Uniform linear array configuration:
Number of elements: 8
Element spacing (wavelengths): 1
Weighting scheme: cosine
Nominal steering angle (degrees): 0
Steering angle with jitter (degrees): -1.301
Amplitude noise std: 0.05
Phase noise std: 0.05

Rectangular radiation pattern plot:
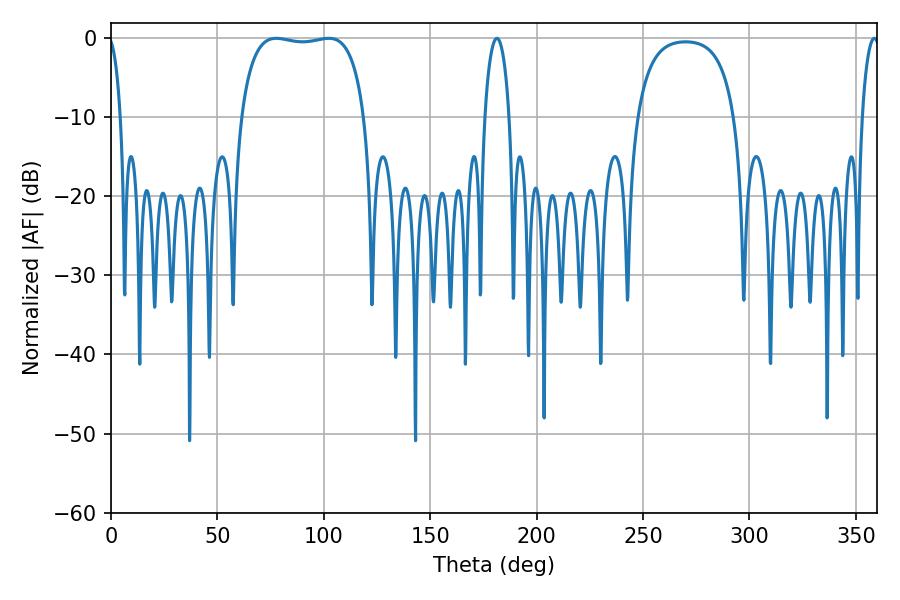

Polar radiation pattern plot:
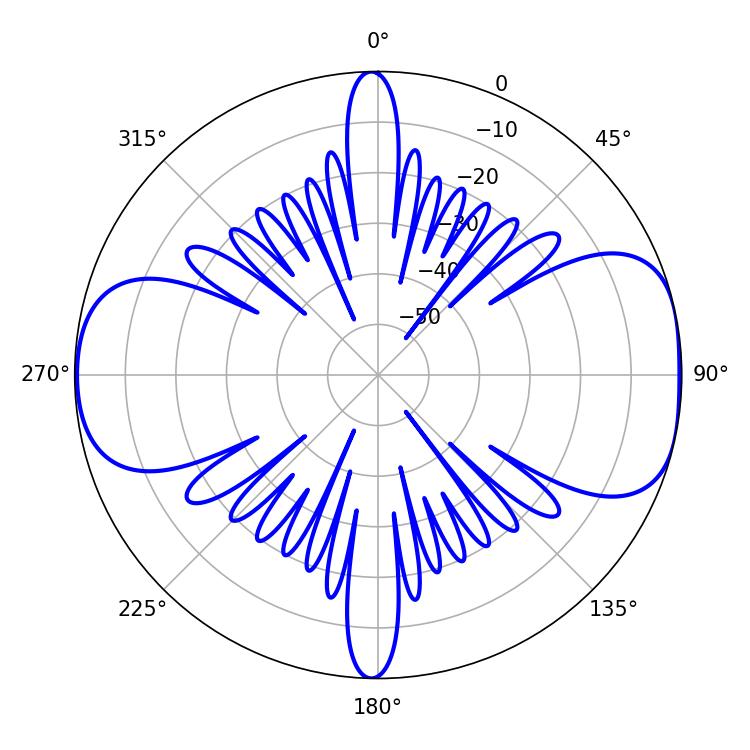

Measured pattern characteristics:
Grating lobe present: TRUE
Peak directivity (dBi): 8.689
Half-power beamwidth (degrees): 46.44
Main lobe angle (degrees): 77.58